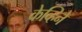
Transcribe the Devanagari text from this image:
केव्हिने